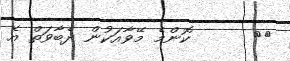
٥٢      ކޮންމެ މޭވާއަކުން ދެބާވަތް އެ